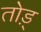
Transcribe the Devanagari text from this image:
तोड़्